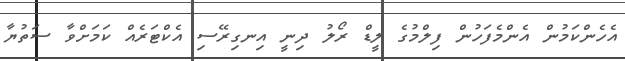
އެހެންކަމުން އެންމެފަހުން ފިލްމުގެ ލީޑް ރޯލު ދިނީ އިނގިރޭސި އެކްޓަރެއް ކަމަށްވާ ސަތުޔާ